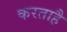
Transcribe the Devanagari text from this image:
करताहै